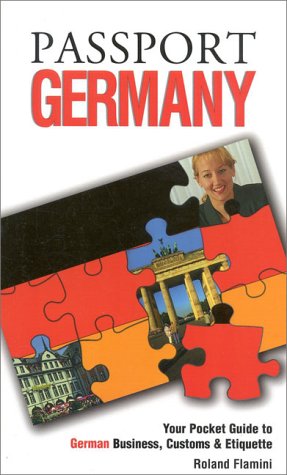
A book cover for Passport Germany: Your Pocket Guide to German Business, Customs & Etiquette (Passport to the World); World Trade Press; Politics & Social Sciences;